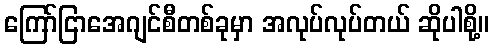
ကြော်ငြာအေဂျင်စီတစ်ခုမှာ အလုပ်လုပ်တယ် ဆိုပါစို့။